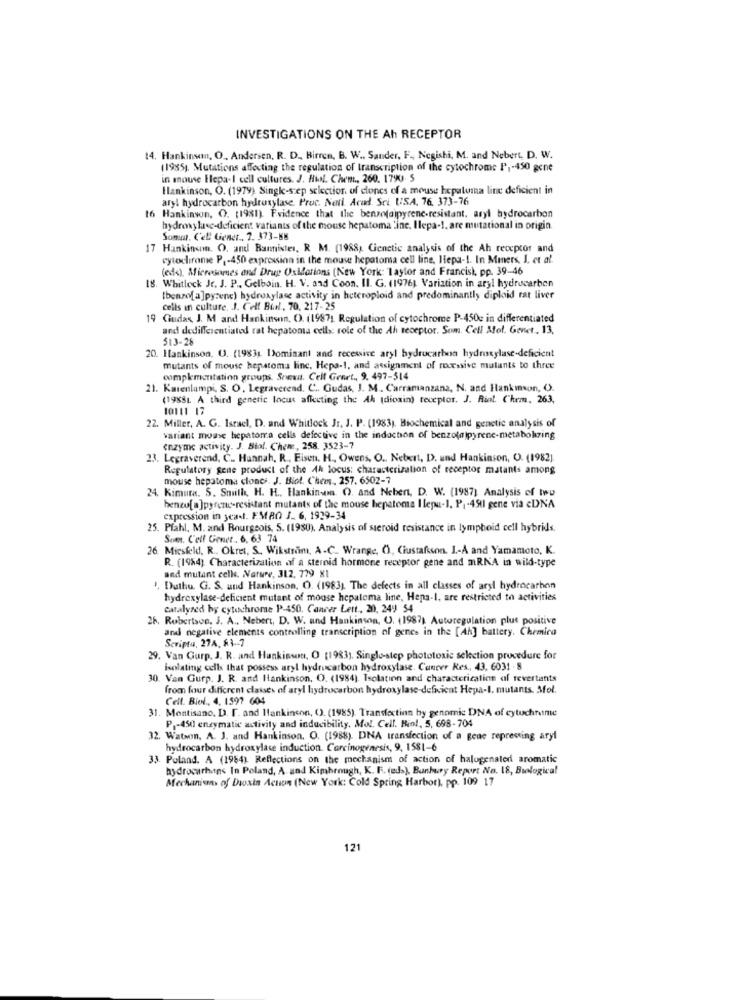
INVESTIGATIONS ON THE Ah RECEPTOR
14. Hankins, O .. Andersen, R. D ., Birren, B. W ., Sander, F ., Negishi, M. and Nebert, D. W.
(1985). Mutations affecting the regulation of transcription of the cytochrome P ,- 450 gene
in mouse Hepa-I cell cultures. J. Hil. Chem ., 260. 1790- 5
Hankinson, O. (1979). Singk-sep selection. of clones of a mouse hepatuma line deficient in
aryl hydrocarbon hydroxylase. Proc. Neti. Acad. Sei USA, 76. 373-76
16 Hankinson, O. (1981). Evidence that the benzefaipyrene-resistant. aryl hydrocarbon
hydroxylase-deficient variants of the mouse hepatoma line. Hepa-1. are mutational in origin.
Sonya. Cell Gener. 7. 373-88
17 Hankinson. O. and Bannister, R M. (1988). Genetic analysis of the Ah receptor and
cytochrome P ,- 450 expression in the mouse hepatoma cell line, Hepa -!. In Mmers, I. et al.
(eds), Microsomes and Drug Oxidations (New York: Taylor and Francisk, pp. 39-46
18. Whitlock Jr. J. P ., Gelbain. H. V. and Coon. Il. G. (1976) Variation in aryl hydrocarbon
[benzo[ a]pyrenc) hydroxylase activity in heteroploid and predominantly diploid rat liver
cells in culture. J. Celf Bil, 70, 217-25
19 Gudas, J. M and Hankinson. O. (1987) Regulation of cytochrome P-450c in differentiated
and dedifferentiated rat hepatoma cells: role of the Ah receptor. Som. Cell Aol. Genet, 13,
513-28
20. Hankinson. O. (19831 Dominant and recessive aryl hydrocarbon hydroxylase-deficient
mutants of mouse hepatoma linc. Hepa-1, and assignment of recessive mutants to three
complementation groups. Spesa. Cell Genet ., 9. 497-514
21. Karenlampi, S. O. Legraverend. C .. Gudas, J. M. Carramanzana, N. and Hankinson, O).
(19881. A third genetic Incus affecting the Ah (dioxin) teceptor. J. Rint. Chem, 263,
10111 17
22. Miller, A. G. Israel, D. and Whitlock Jr. J. P. (1983). Biochemical and genetic analysis of
variant mouse hepatoma cells defective in the induction of benzolalpyrene-metabolizing
enzyme activity. J. Biol. Chem, 258. 3523-7
23. Legraverend. C .. Hannah, R ., Eisen. H ., Owens, O .. Nebert, D. und Hankinson, O. (1982).
Regulatory gene product of the 4h locus: characterization of receptor mutants among
mouse hepatoma clones. J. Biol. Chews, 257. 6502-7
24. Kimura. S. Smith, H. H ., Hankinson. O). And Ncbert, D. W. (1987] Analysis of two
benzo[a]pyren-resistant mutants of the mouse hepatoma Ilepu-1. P .- 4911 gene via cDNA
expression in sead. EMRO J_ 6, 1929-34
25. Pfahl, M. and Bourgeois, S. (1980). Analysis of steroid resistance in lymphoid cell hybrids.
Som. Cell Gener. 6, 63 74
26 Miesfeld, R. Okret, S. Wikström, A -C_ Wrange, O, Giustafsson. 1 .- A and Yamamoto, K.
R. (1984) Characterization af a steroid hormone receptor pene and mRKA in wild-type
and mutant cells. Nature, 312, 779 X1
1. Duthu. G. S. und Hankinson, O. (1983). The defects in all classes of aryl hydrocarbon
hydroxylase-deficient mutant of mouse hepaloma line, Hepa-I, are restricted to activities
catalyzed by cytochrome P-450. Cancer Lett ., 20, 249 54
26. Robertson, J. A ., Nebert, D. W. und Hankinson, O. (1987) Autoregulation plut positive
and negative elements controlling transcription of genes in the [Ah] battery. Chemica
Scripta, 27A, 13.7
29. Van Gurp. J. R. and Hankinson, O (1983), Single-step phototoxic selection procedure for
isolating cells that possess aryl hydrocarbon hydroxylase. Cancer Res, 43, 6031 . 8
30. Van Gurp. J. R. and Hankinson. O. (1984). Isolation and characterization of revertants
from four different classes of aryl hydrocarbon hydroxylase-deficient Hepa-I. mutants, Mol.
Cell. Biel ., 4. 1597 604
31. Montisano. D. r. and Hankinson, (). (1985). Transfection by genomic DNA of cytuchrome
P1-450 enzymatic activity and inducibility. Mol. Cell. Bin !, 5, 698-704
32. Watson, A. J. and Hankinson. O. (1988). DNA transfection of a gede repressing aryl
hydrocarbon hydroxylase induction. Carcinogenesis, 9, 1581-6
33. Poland. A (1984) Reflections on the mechanism of action of halogenated aromatic
hydrocarhans In Poland, A and Kimbrough, K. F. (eds), Bunbury Report No. 18, Biologica!
Mechanions of Dixin Action (New York: Cold Spring Harbor), pp. 109 17
121